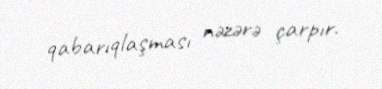
qabarıqlaşması nəzərə çarpır.